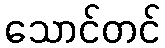
သောင်တင်